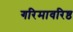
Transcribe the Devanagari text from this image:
गरिमावरिष्ठ